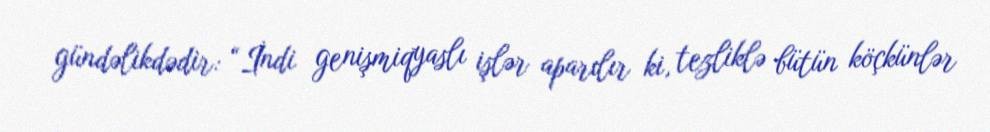
gündəlikdədir: “İndi genişmiqyaslı işlər aparılır ki, tezliklə bütün köçkünlər